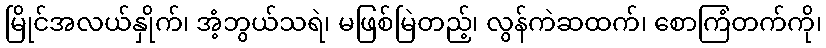
မြိုင်အလယ်နှိုက်၊ အံ့ဘွယ်သရဲ၊ မဖြစ်မြဲတည့်၊ လွန်ကဲဆထက်၊ စောကြံတက်ကို၊